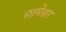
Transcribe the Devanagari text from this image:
सामेश्वर